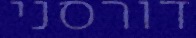
דורסני